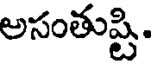
అసంతుష్టి.